Account of plague administration in the Bombay Presidency from September 1896 till May 1897
Year: 1896
Disease focus: Plague
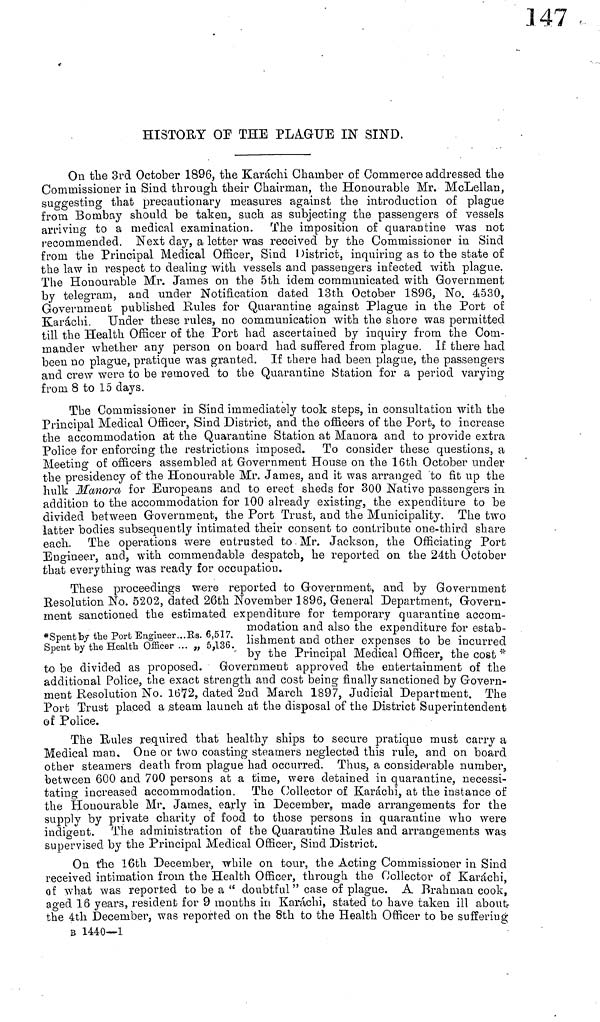
HISTORY OF THE PLAGUE IN SIND.
On the 3rd October 1896, the Karachi Chamber of Commerce addressed the
Commissioner in Sind through their Chairman, the Honourable Mr. McLellan,
suggesting that precautionary measures against the introduction of plague
from Bombay should be taken, such as subjecting the passengers of vessels
arriving to a medical examination. The imposition of quarantine was not
recommended. Next day, a letter was received by the Commissioner in Sind
from the Principal Medical Officer, Sind District, inquiring as to the state of
the law in respect to dealing with vessels and passengers infected with plague.
The Honourable Mr. James on the 5th idem communicated with Government
by telegram, and under Notification dated 13th October 1896, No. 4530,
Government published Rules for Quarantine against Plague in the Port of
Karachi. Under these rules, no communication with the shore was permitted
till the Health Officer of the Port had ascertained by inquiry from the Com-
mander whether any person on board had suffered from plague. If there had
been no plague, pratique was granted. If there had been plague, the passengers
and crew were to be removed to the Quarantine Station for a period varying
from 8 to 15 days.
The Commissioner in Sind immediately took steps, in consultation with the
Principal Medical Officer, Sind District, and the officers of the Port, to increase
the accommodation at the Quarantine Station at Manora and to provide extra
Police for enforcing the restrictions imposed. To consider these questions, a
Meeting of officers assembled at Government House on the 16th October under
the presidency of the Honourable Mr. James, and it was arranged to fit up the
hulk Manora for Europeans and to erect sheds for 300 Native passengers in
addition to the accommodation for 100 already existing, the expenditure to be
divided between Government, the Port Trust, and the Municipality. The two
latter bodies subsequently intimated their consent to contribute one-third share
each. The operations were entrusted to Mr. Jackson, the Officiating Port
Engineer, and, with commendable despatch, he reported on the 24th October
that everything was ready for occupation.
Spent
by
the
Port
Engineer...Rs.
6,517.
Spent
by
the
Health
Officer..."
5,136.
These proceedings were reported to Government, and by Government
Resolution No. 5202, dated 26th November 1896, General Department, Govern-
ment sanctioned the estimated expenditure for temporary quarantine accom-
modation and also the expenditure for estab-
lishment
and other expenses to be incurred
by
the Principal Medical O
to be divided as proposed. Government approved the entertainment of the
additional Police, the exact strength and cost being finally sanctioned by Govern-
ment Resolution No. 1672, dated 2nd March 1897, Judicial Department. The
Port Trust placed a .steam launch at the disposal of the District Superintendent
of Police.
The Rules required that healthy ships to secure pratique must carry a
Medical man. One or two coasting steamers neglected this rule, and on board
other steamers death from plague had occurred. Thus, a considerable number,
between 600 and 700 persons at a time, were detained in quarantine, necessi-
tating increased accommodation. The Collector of Karachi, at the instance of
the Honourable Mr. James, early in December, made arrangements for the
supply by private charity of food to those persons in quarantine who were
indigent. The administration of the Quarantine Rules and arrangements was
supervised by the Principal Medical Officer, Sind District.
On the 16th December, while on tour, the Acting Commissioner in Sind
received intimation from the Health Officer, through the Collector of Karachi,
of what was reported to be a " doubtful " case of plague. A Brahman cook,
aged 16 years, resident for 9 months in Karachi, stated to have taken ill about
the 4th December, was reported on the 8th to the Health Officer to be suffering
B 1440—1